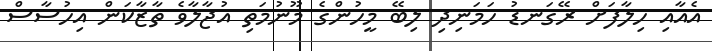
އެއާއި ހިލާފަށް ރޭގަނޑު ހަމަނިދި ލިބޭ މީހުންގެ މޫނުމަތި އުޖާލާވެ ތާޒާކަން އިހުސާސް